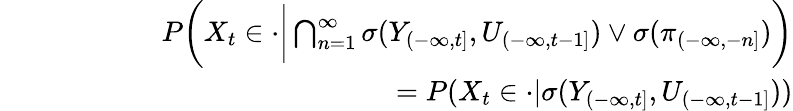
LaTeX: \begin{array}{rlr}&{}&{P\bigg(X_{t}\in\cdot\bigg|\bigcap_{n=1}^{\infty}\sigma(Y_{(-\infty,t]},U_{(-\infty,t-1]})\vee\sigma(\pi_{(-\infty,-n]})\bigg)}\\ &{}&{\qquad\qquad\qquad\qquad\qquad\qquad=P(X_{t}\in\cdot|\sigma(Y_{(-\infty,t]},U_{(-\infty,t-1]}))}\end{array}